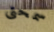
سمحتى